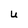
Character: U